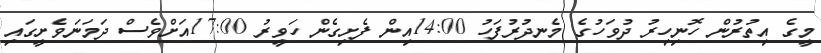
މީގެ އިތުރުން ހޮނިހިރު ދުވަހުގެ މެނދުރުފަހު 14:00އިން ފެށިގެން ހަވީރު 17:00އަށްވެސް ދަމަނަވެށީގައި